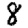
Digit: 8